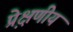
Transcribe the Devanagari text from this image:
प्रे़क्षणीय